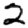
Digit: 2